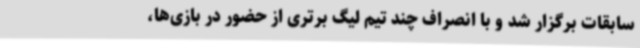
سابقات برگزار شد و با انصراف چند تیم لیگ برتری از حضور در بازی‌ها،